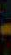
-